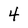
Character: 4